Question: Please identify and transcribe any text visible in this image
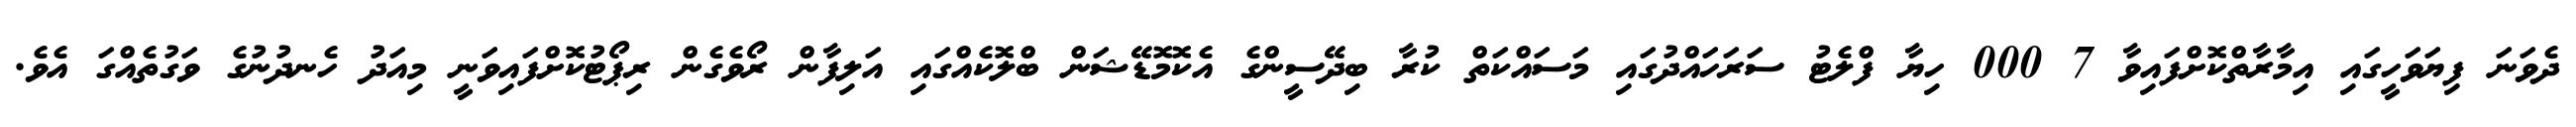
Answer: ދެވަނަ ފިޔަވަހީގައި އިމާރާތްކޮށްފައިވާ 7 000 ހިޔާ ފްލެޓު ސަރަހައްދުގައި މަސައްކަތް ކުރާ ބިދޭސީންގެ އެކޮމޮޑޭޝަން ބްލޮކެއްގައި އަލިފާން ރޯވެގެން ރިޕޯޓުކޮށްފައިވަނީ މިއަދު ހެނދުނުގެ ވަގުތެއްގަ އެވެ.